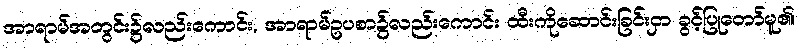
အာရာမ်အတွင်း၌လည်းကောင်း, အာရာမ်ဥပစာ၌လည်းကောင်း ထီးကိုဆောင်းခြင်းငှာ ခွင့်ပြုတော်မူ၏၊